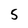
Character: 5